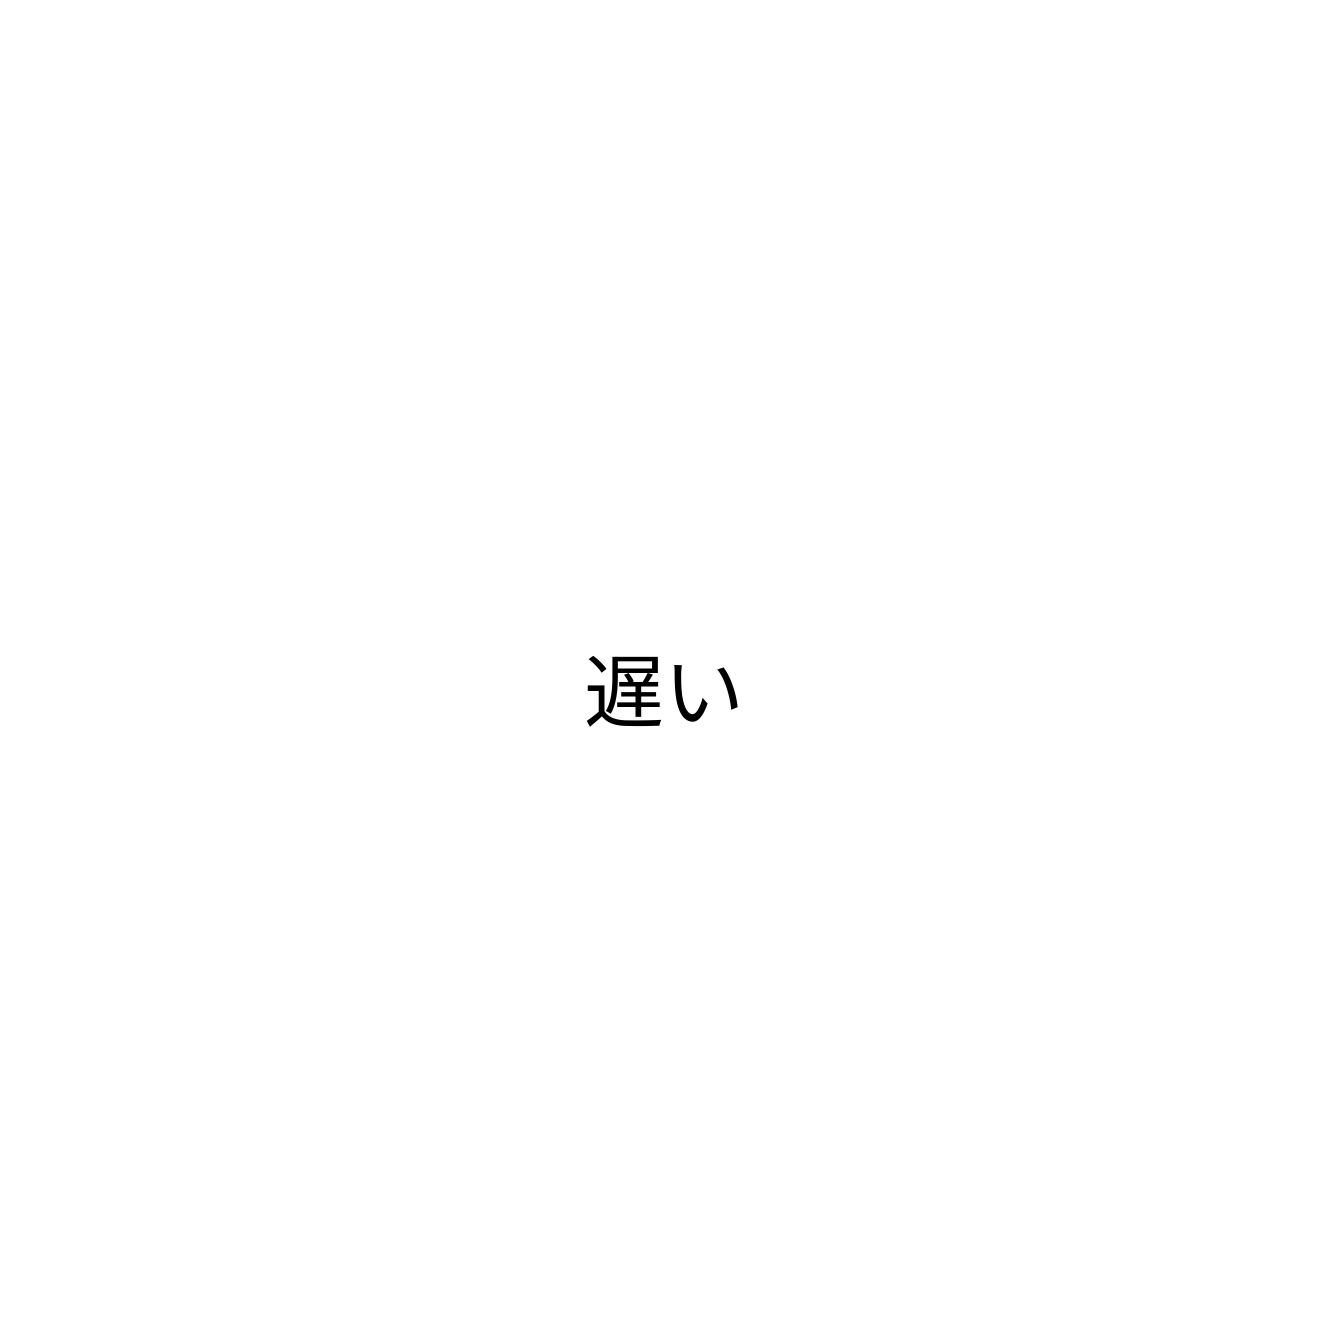
遅い